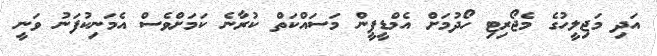
އަދި މަޖިލީހުގެ މެޖޯރިޓި ހޯދުމަށް އެމްޑީޕީން މަސައްކަތް ކުރާނެ ކަމަށްވެސް އެމަނިކުފަނު ވަނީ